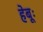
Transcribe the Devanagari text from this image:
हेबूः